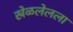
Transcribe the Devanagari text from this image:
खेळलेलला